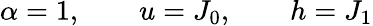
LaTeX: \alpha=1,\qquad u=J_{0},\qquad h=J_{1}